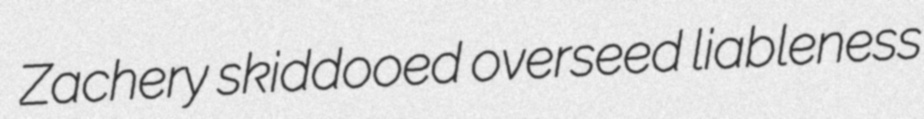
Zachery skiddooed overseed liableness